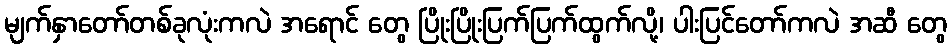
မျက်နှာတော်တစ်ခုလုံးကလဲ အရောင် တွေ ပြိုးပြိုးပြက်ပြက်ထွက်လို့၊ ပါးပြင်တော်ကလဲ အဆီ တွေ